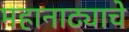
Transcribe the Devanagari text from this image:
महानाट्याचे